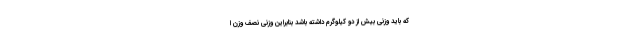
که باید وزنی بیش از دو کیلوگرم داشته باشد بنابراین وزنی نصف وزن ا